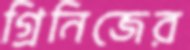
গ্রিনিজের